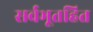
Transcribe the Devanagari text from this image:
सर्वभूतहित